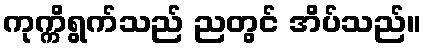
ကုက္ကိရွက်သည် ညတွင် အိပ်သည်။